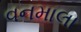
વનમાલા